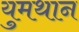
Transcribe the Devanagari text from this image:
युमथान